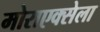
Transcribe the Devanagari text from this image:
मोराएक्सेला